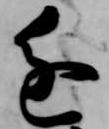
進